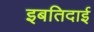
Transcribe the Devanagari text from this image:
इबतिदाई